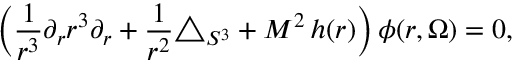
\left( \frac { 1 } { r ^ { 3 } } \partial _ { r } r ^ { 3 } \partial _ { r } + \frac { 1 } { r ^ { 2 } } \triangle _ { S ^ { 3 } } + M ^ { 2 } \, h ( r ) \right) \phi ( r , \Omega ) = 0 ,